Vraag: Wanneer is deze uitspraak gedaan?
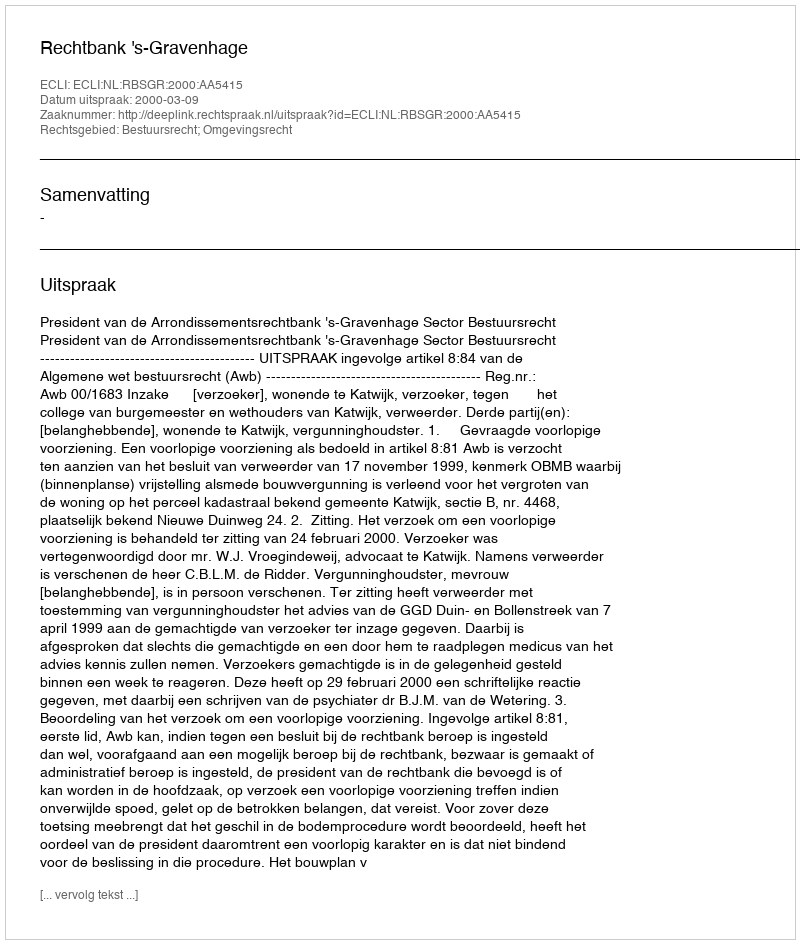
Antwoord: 2000-03-09